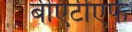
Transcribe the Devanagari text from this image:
बीएटीएफ